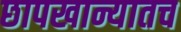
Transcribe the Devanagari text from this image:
छापखान्यातच